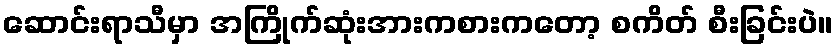
ဆောင်းရာသီမှာ အကြိုက်ဆုံးအားကစားကတော့ စကိတ် စီးခြင်းပဲ။